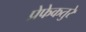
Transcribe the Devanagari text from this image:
प्रेफेकतुरे